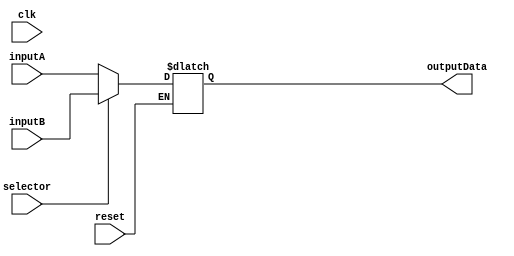
`timescale 1ns / 1ps

module Mux(
    input clk, 
    input reset,
    
    input [63:0] inputA,
    input [63:0] inputB,
    input selector,
    output reg [63:0] outputData
    );
    
    always @(*)
    //Select data in Mux
    //Output
        //outputData
    begin
        if(reset)
        begin
            //#1 outputData = 0;
        end
        else
        begin
            if (selector)
            begin
                #1 outputData = inputB;
            end
            else
            begin
                #1 outputData = inputA;
            end
        end
    end
    
    
    /*
    always @(posedge clk)
    //Select data in Mux
    //Output
        //outputData
    begin
        if(reset)
        begin
            outputData <= 0;
        end
        else
        begin
            if (selector)
            begin
                outputData <= inputB;
            end
            else
            begin
                outputData <= inputA;
            end
        end
    end*/
    
    
endmodule